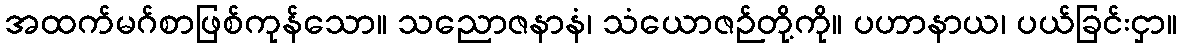
အထက်မဂ်စာဖြစ်ကုန်သော။ သညောဇနာနံ၊ သံယောဇဉ်တို့ကို။ ပဟာနာယ၊ ပယ်ခြင်းငှာ။